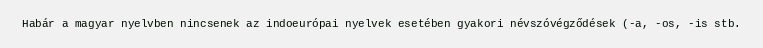
Habár a magyar nyelvben nincsenek az indoeurópai nyelvek esetében gyakori névszóvégződések (-a, -os, -is stb.